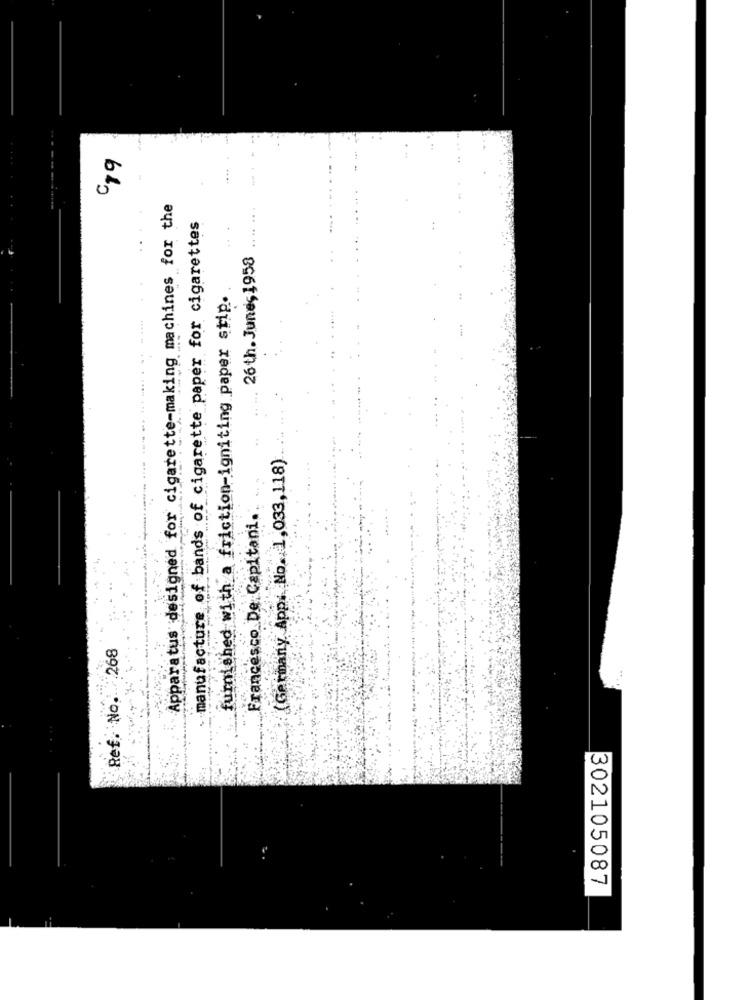
Apparatus designed for cigarette-making machines for the
of bands of cigarette paper for cigarettes
26 th. Junes 1958
furnished with a friction-igniting paper stip ..
(Germany App. No. 1,033,118)
Francesco De Capitani.
--
manufacture of
Ref. No.268
302105087